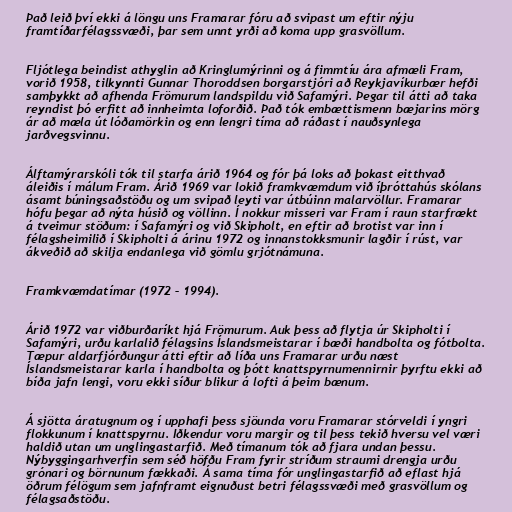
Það leið því ekki á löngu uns Framarar fóru að svipast um eftir nýju
framtíðarfélagssvæði, þar sem unnt yrði að koma upp grasvöllum.

Fljótlega beindist athyglin að Kringlumýrinni og á fimmtíu ára afmæli Fram,
vorið 1958, tilkynnti Gunnar Thoroddsen borgarstjóri að Reykjavíkurbær hefði
samþykkt að afhenda Frömurum landspildu við Safamýri. Þegar til átti að taka
reyndist þó erfitt að innheimta loforðið. Það tók embættismenn bæjarins mörg
ár að mæla út lóðamörkin og enn lengri tíma að ráðast í nauðsynlega
jarðvegsvinnu.

Álftamýrarskóli tók til starfa árið 1964 og fór þá loks að þokast eitthvað
áleiðis í málum Fram. Árið 1969 var lokið framkvæmdum við íþróttahús skólans
ásamt búningsaðstöðu og um svipað leyti var útbúinn malarvöllur. Framarar
hófu þegar að nýta húsið og völlinn. Í nokkur misseri var Fram í raun starfrækt
á tveimur stöðum: í Safamýri og við Skipholt, en eftir að brotist var inn í
félagsheimilið í Skipholti á árinu 1972 og innanstokksmunir lagðir í rúst, var
ákveðið að skilja endanlega við gömlu grjótnámuna.

Framkvæmdatímar (1972 – 1994).

Árið 1972 var viðburðaríkt hjá Frömurum. Auk þess að flytja úr Skipholti í
Safamýri, urðu karlalið félagsins Íslandsmeistarar í bæði handbolta og fótbolta.
Tæpur aldarfjórðungur átti eftir að líða uns Framarar urðu næst
Íslandsmeistarar karla í handbolta og þótt knattspyrnumennirnir þyrftu ekki að
bíða jafn lengi, voru ekki síður blikur á lofti á þeim bænum.

Á sjötta áratugnum og í upphafi þess sjöunda voru Framarar stórveldi í yngri
flokkunum í knattspyrnu. Iðkendur voru margir og til þess tekið hversu vel væri
haldið utan um unglingastarfið. Með tímanum tók að fjara undan þessu.
Nýbyggingarhverfin sem séð höfðu Fram fyrir stríðum straumi drengja urðu
grónari og börnunum fækkaði. Á sama tíma fór unglingastarfið að eflast hjá
öðrum félögum sem jafnframt eignuðust betri félagssvæði með grasvöllum og
félagsaðstöðu.